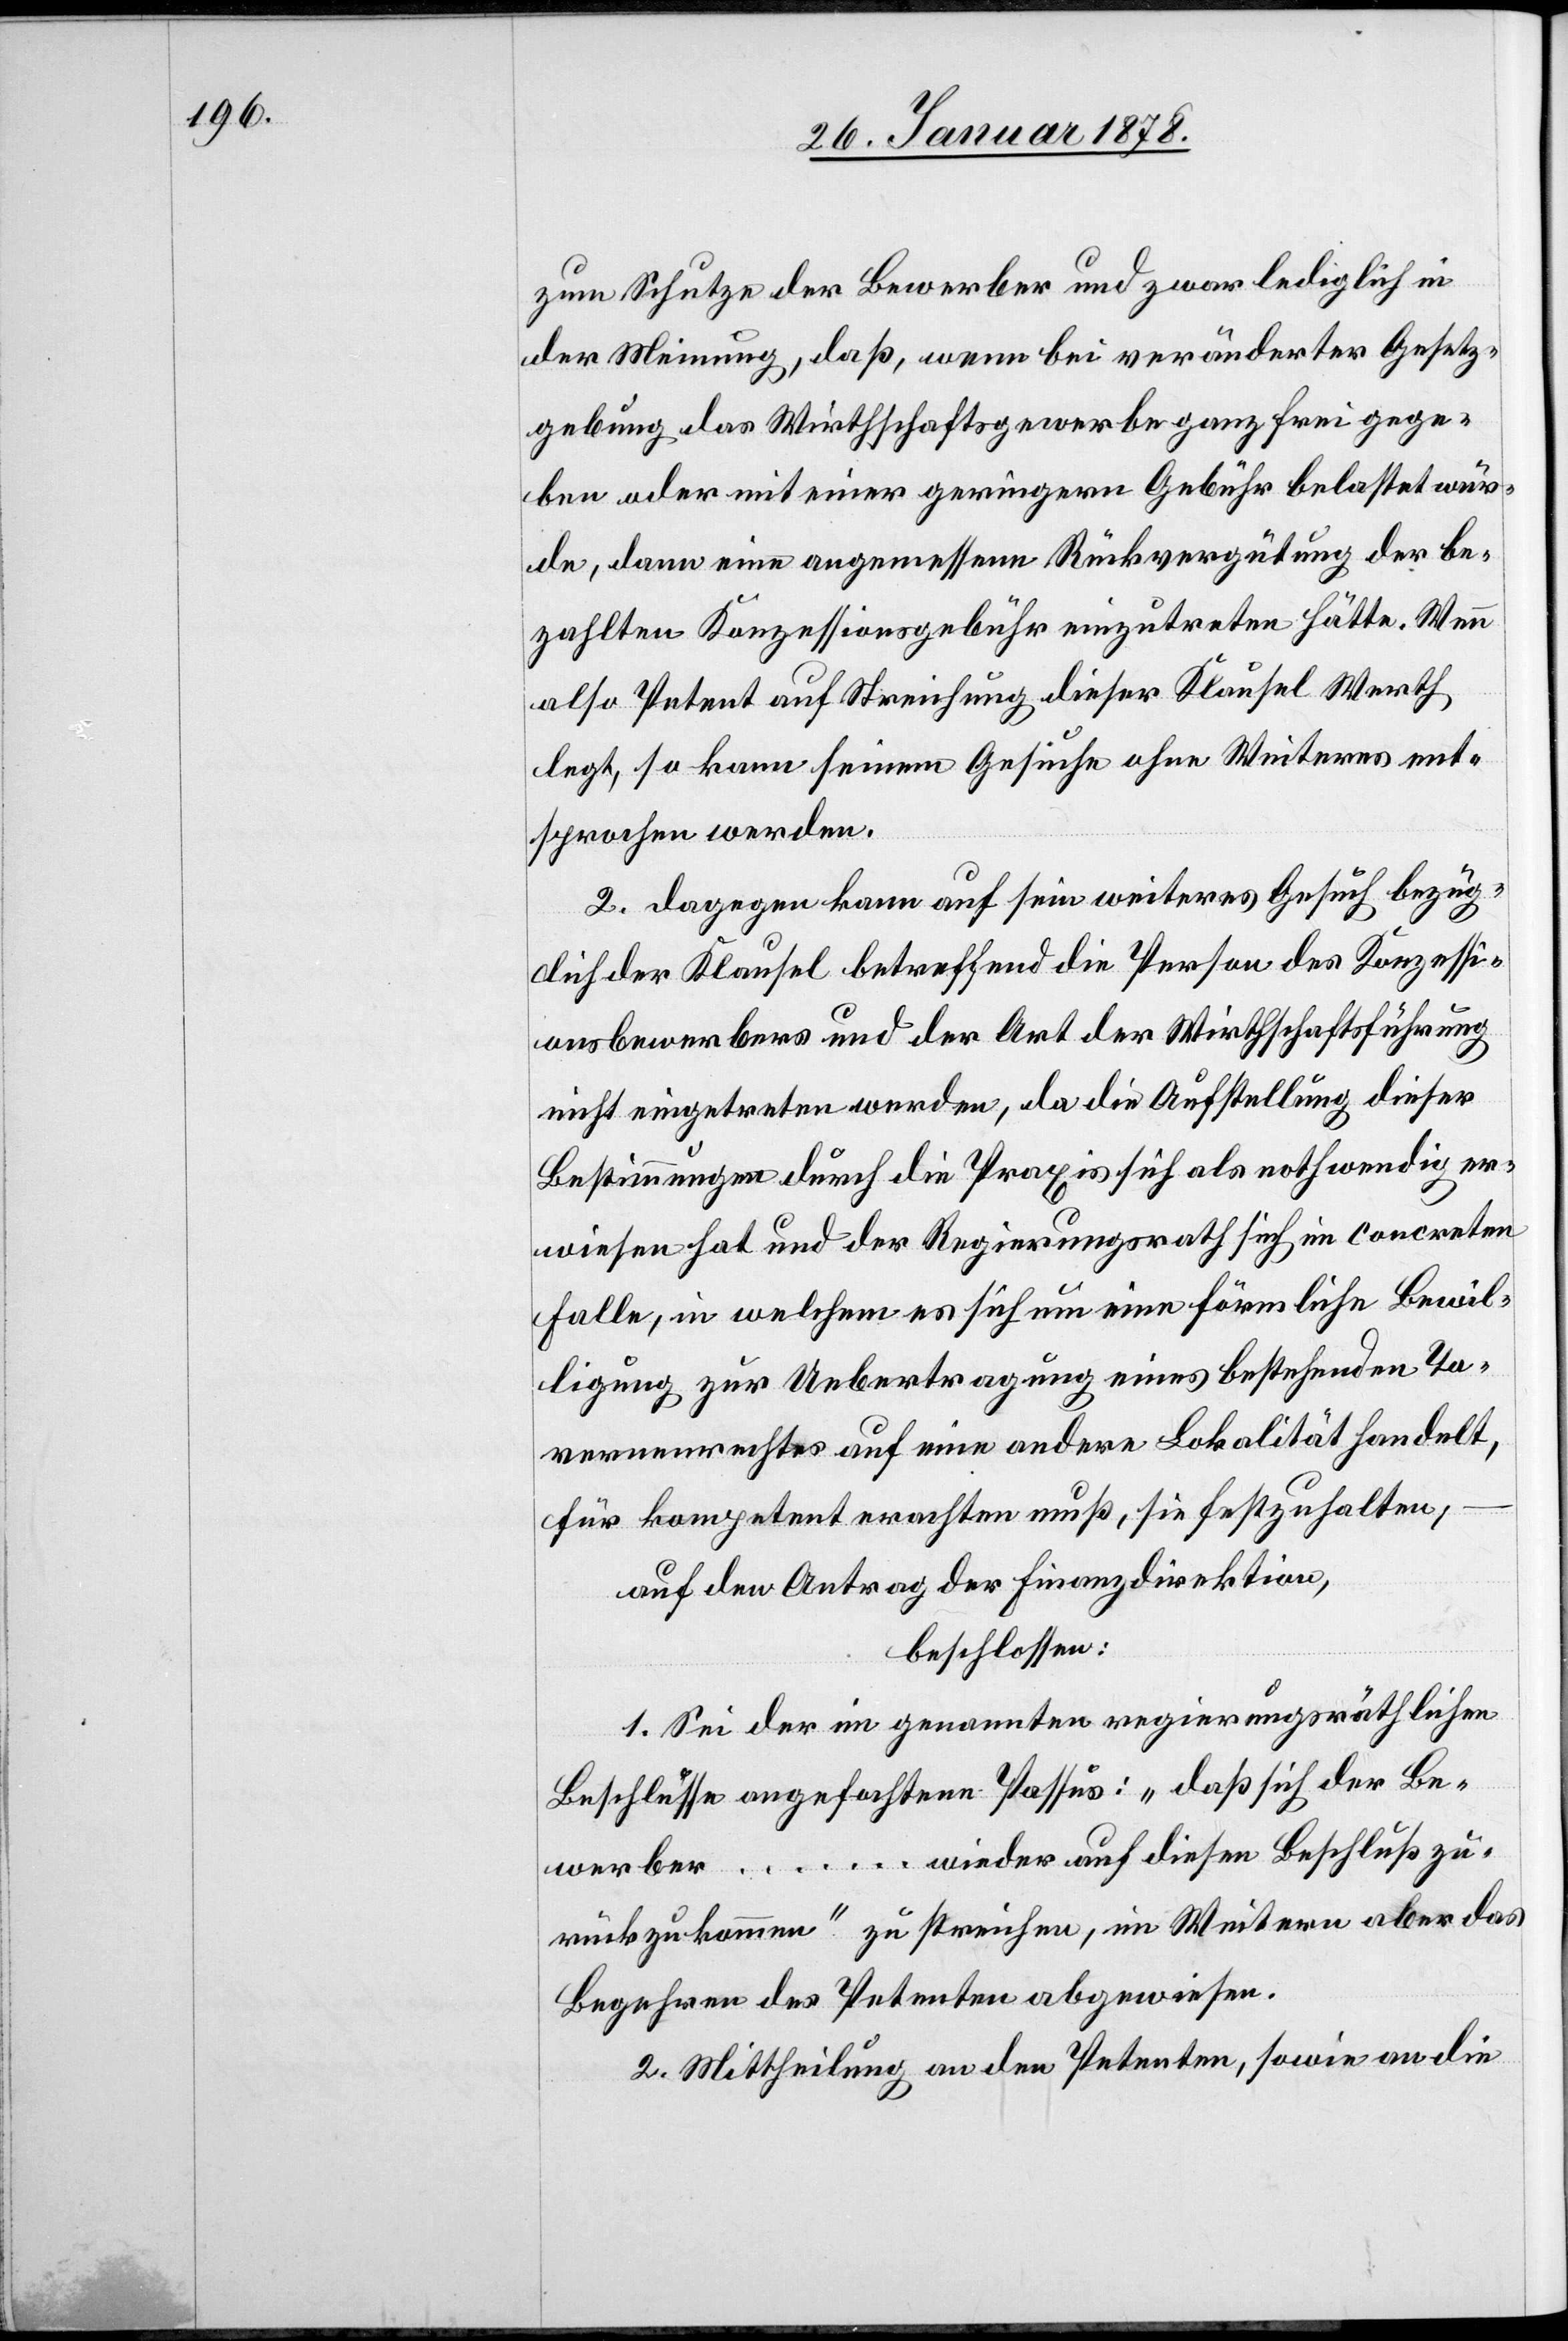
zum Schutze der Bewerber und zwar lediglich in
der Meinung, daß, wenn bei veränderter Gesetz¬
gebung das Wirthschaftsgewerbe ganz frei gege¬
ben oder mit einer geringern Gebühr belastet wür¬
de, dann eine angemessene Rückvergütung der be¬
zahlten Konzessionsgebühr einzutreten hätte. Wenn
also Petent auf Streichung dieser Klausel Werth
legt, so kann seinem Gesuche ohne Weiteres ent¬
sprochen werden.
2. Dagegen kann auf sein weiteres Gesuch bezüg¬
lich der Klausel betreffend die Person des Konzessi¬
onsbewerbers und der Art der Wirthschaftsführung
nicht eingetreten werden, da die Aufstellung dieser
Bestimmungen durch die Praxis sich als nothwendig er¬
wiesen hat und der Regierungsrath sich im concreten
Falle, in welchem es sich um eine förmliche Bewil¬
ligung zur Uebertragung eines bestehenden Ta¬
vernenrechtes auf eine andere Lokalität handelt,
für kompetent erachten muß, sie festzuhalten,
auf den Antrag der Finanzdirektion,
beschlossen:
1. Sei der im genannten regierungsräthlichen
Beschlusse angefochtene Passus: „daß sich der Be¬
werber … wieder auf diesen Beschluß zu¬
rückzukommen“ zu streichen, im Weitern aber das
Begehren des Petenten abgewiesen.
2. Mittheilung an den Petenten, sowie an die